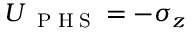
U _ { \mathrm { ~ \tiny ~ P ~ H ~ S ~ } } = - \sigma _ { z }